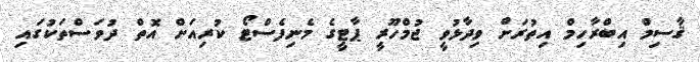
ޤާސިމް އިބްރާހިމް އިތުރަށް ވިދާޅުވީ ޖުމްހޫރީ ޕާޓީގެ މެނިފެސްޓޯ ކުރިއަށް އޮތް ދުވަސްތަކުގައި